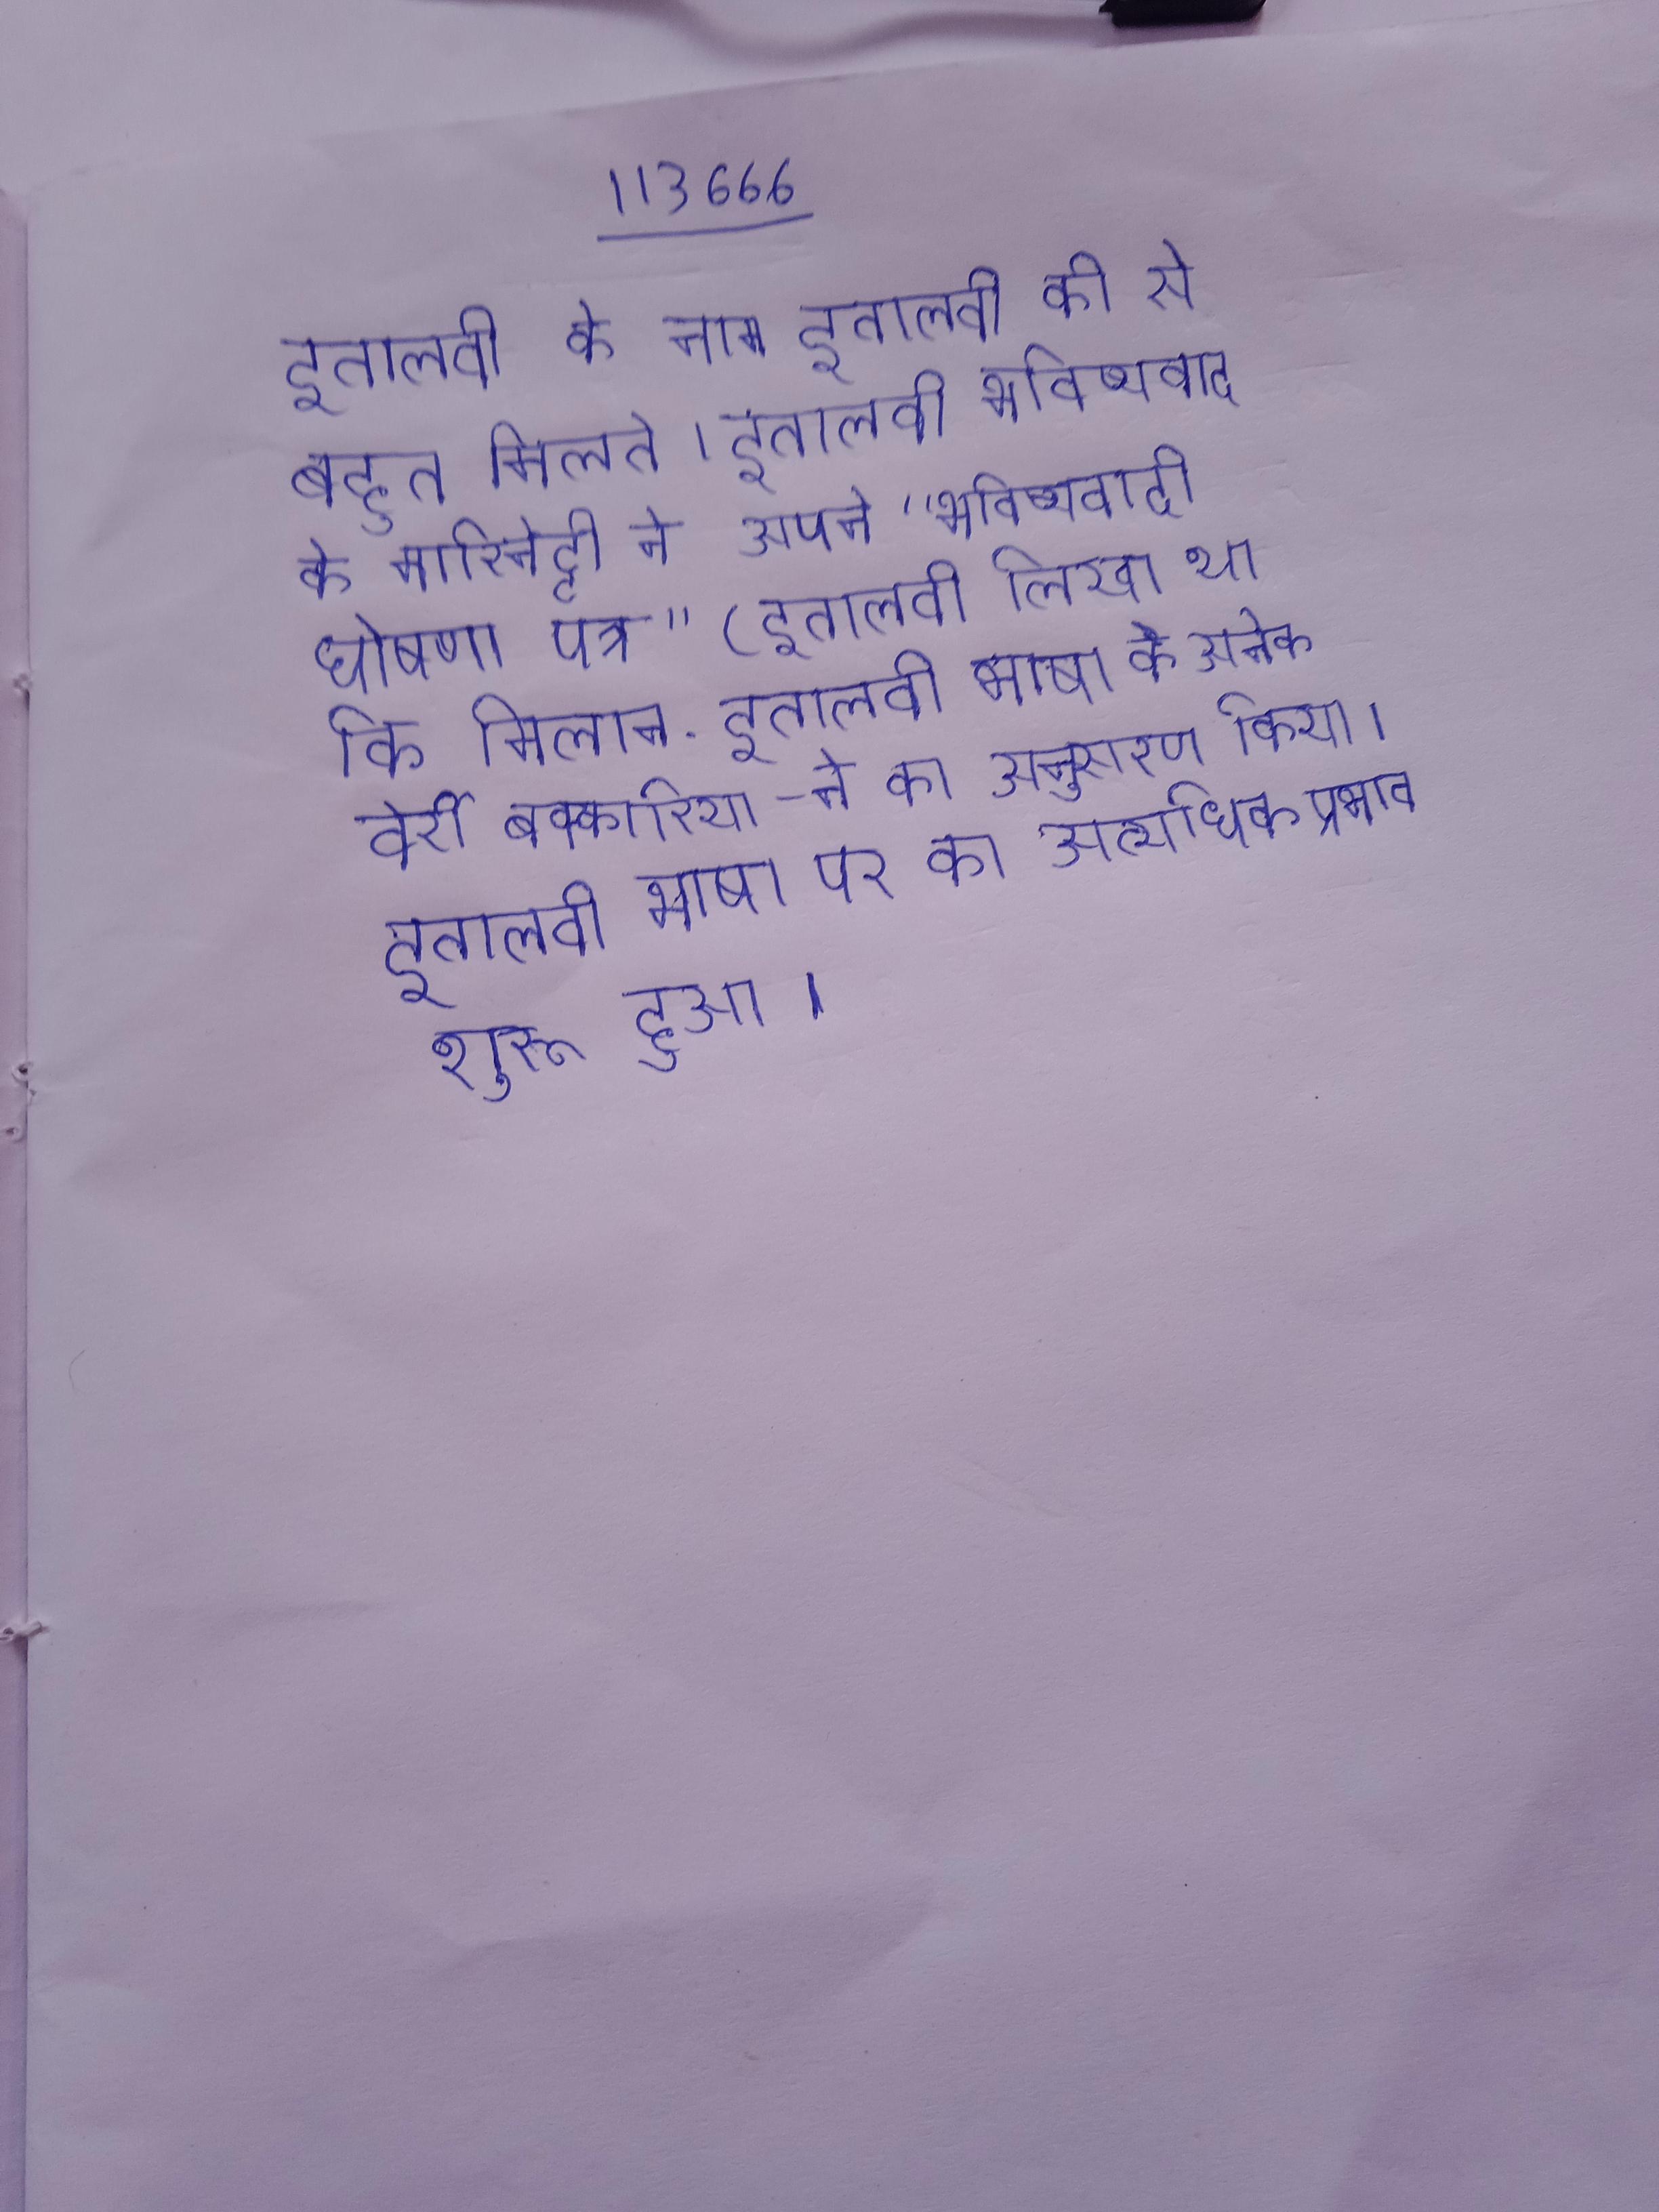
इतालवी के नाम इतालवी की से बहुत मिलते । इतालवी भविष्यवाद के मारिनेट्टी ने अपने "भविष्यवादी घोषणा पत्र " (इतालवी लिखा था कि मिलान . इतालवी भाषा के अनेक वेर्री, बेक्कारिया-ने का अनुसरण किया । इतालवी भाषा पर का अत्यधिक प्रभाव शुरू हुआ ।